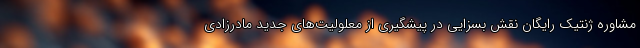
مشاوره ژنتیک رایگان نقش بسزایی در پیشگیری از معلولیت‌های جدید مادرزادی